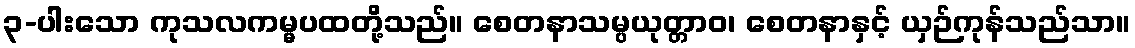
၃-ပါးသော ကုသလကမ္မပထတို့သည်။ စေတနာသမ္ပယုတ္တာဝ၊ စေတနာနှင့် ယှဉ်ကုန်သည်သာ။